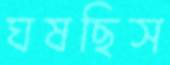
ঘষছিস